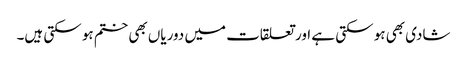
شادی بھی ہو سکتی ہے اور تعلقات میں دوریاں بھی ختم ہو سکتی ہیں۔